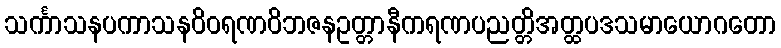
သင်္ကာသနပကာသနဝိဝရဏဝိဘဇနဥတ္တာနီကရဏပညတ္တိအတ္ထပဒသမာယောဂတော